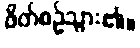
ဖိတ်စဉ်သွား၏။